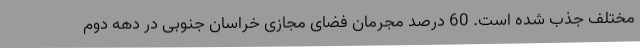
مختلف جذب شده است. 60 درصد مجرمان فضای مجازی خراسان جنوبی در دهه دوم